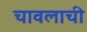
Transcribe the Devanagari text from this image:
चावलाची